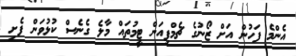
އެންމެ ފަހުން އަށް ޒޯނުގެ ޗެމްޕިއަން ޓީމުތައް މާލެ ގެނެސް ކުޅުވަން ފެށި